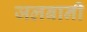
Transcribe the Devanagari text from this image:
जलबानी